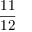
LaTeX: \frac { 1 1 } { 1 2 }